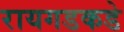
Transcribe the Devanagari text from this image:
रायगडकडे